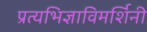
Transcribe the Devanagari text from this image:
प्रत्यभिज्ञाविमर्शिनी